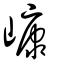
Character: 嵻